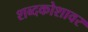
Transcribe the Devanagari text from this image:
शब्दकोशावर